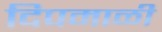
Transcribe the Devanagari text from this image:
दिपमाळी